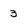
Character: 3